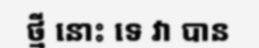
ថ្មី នោះ ទេ វា បាន